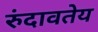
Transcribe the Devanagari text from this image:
रुंदावतेय